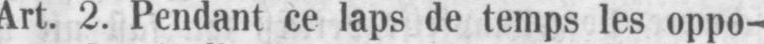
Art 2. Pendant ce laps de temps les oppo-